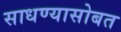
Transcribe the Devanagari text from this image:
साधण्यासोबत